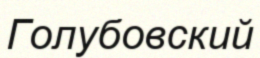
Голубовский